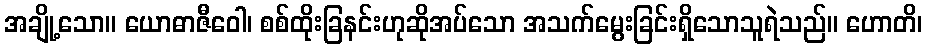
အချို့သော။ ယောဓာဇီဝေါ၊ စစ်ထိုးခြနင်းဟုဆိုအပ်သော အသက်မွေးခြင်းရှိသောသူရဲသည်။ ဟောတိ၊